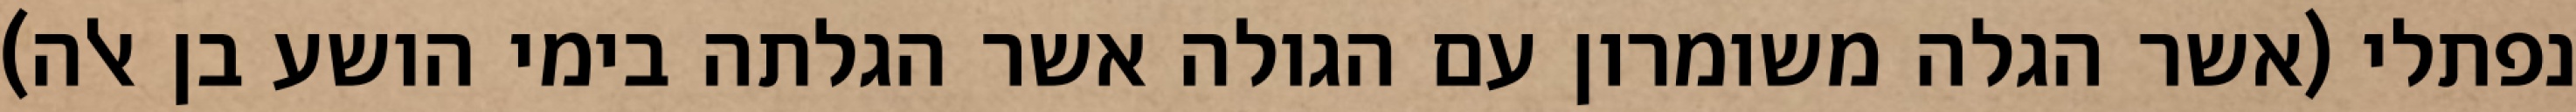
נפתלי (אשר הגלה משומרון עם הגולה אשר הגלתה בימי הושע בן אלה)